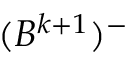
( B ^ { k + 1 } ) ^ { - }